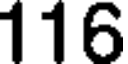
116